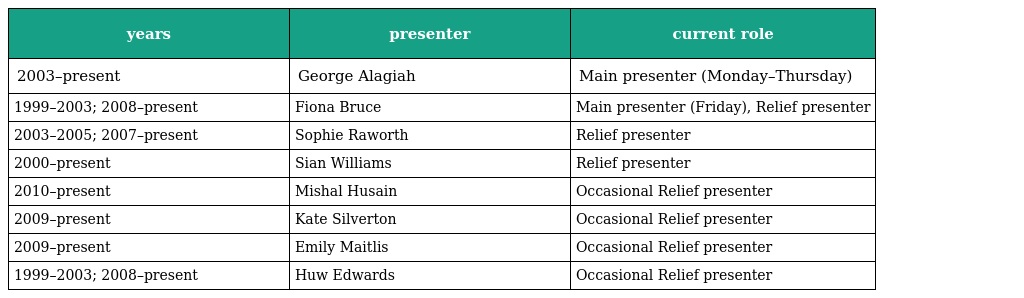
| years | presenter | current role |
 | --- | --- | --- |
 | 2003–present | George Alagiah | Main presenter (Monday–Thursday) |
 | 1999–2003; 2008–present | Fiona Bruce | Main presenter (Friday), Relief presenter |
 | 2003–2005; 2007–present | Sophie Raworth | Relief presenter |
 | 2000–present | Sian Williams | Relief presenter |
 | 2010–present | Mishal Husain | Occasional Relief presenter |
 | 2009–present | Kate Silverton | Occasional Relief presenter |
 | 2009–present | Emily Maitlis | Occasional Relief presenter |
 | 1999–2003; 2008–present | Huw Edwards | Occasional Relief presenter |